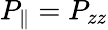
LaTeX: P_{\parallel}=P_{zz}